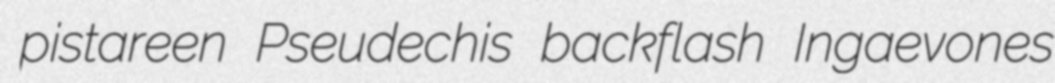
pistareen Pseudechis backflash Ingaevones